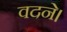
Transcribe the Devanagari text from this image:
वदने।